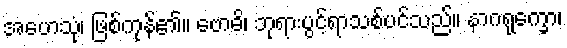
အဟေသုံ၊ ဖြစ်ကုန်၏။ ဗောဓိ၊ ဘုရားပွင့်ရာသစ်ပင်သည်။ နာဂရုက္ခော၊